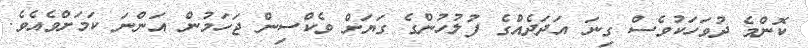
ކޮންމެ ދުވަހަކުވެސް ގިނަ އަދަދެއްގެ ފުލުހުންގެ ގަޔަށް ވެކްސިން ޖަހަމުން އަންނަ ކަމަށްވެއެވެ.